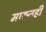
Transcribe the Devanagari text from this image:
मारूनही